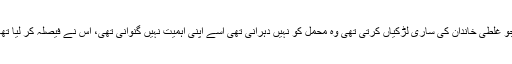
جو غلطی خاندان کی ساری لڑکیاں کرتی تھی وہ محمل کو نہیں دہرانی تھی اسے اپنی اہمیت نہیں گنوانی تھی، اس نے فیصلہ کر لیا تھا۔